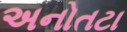
અનોતટા